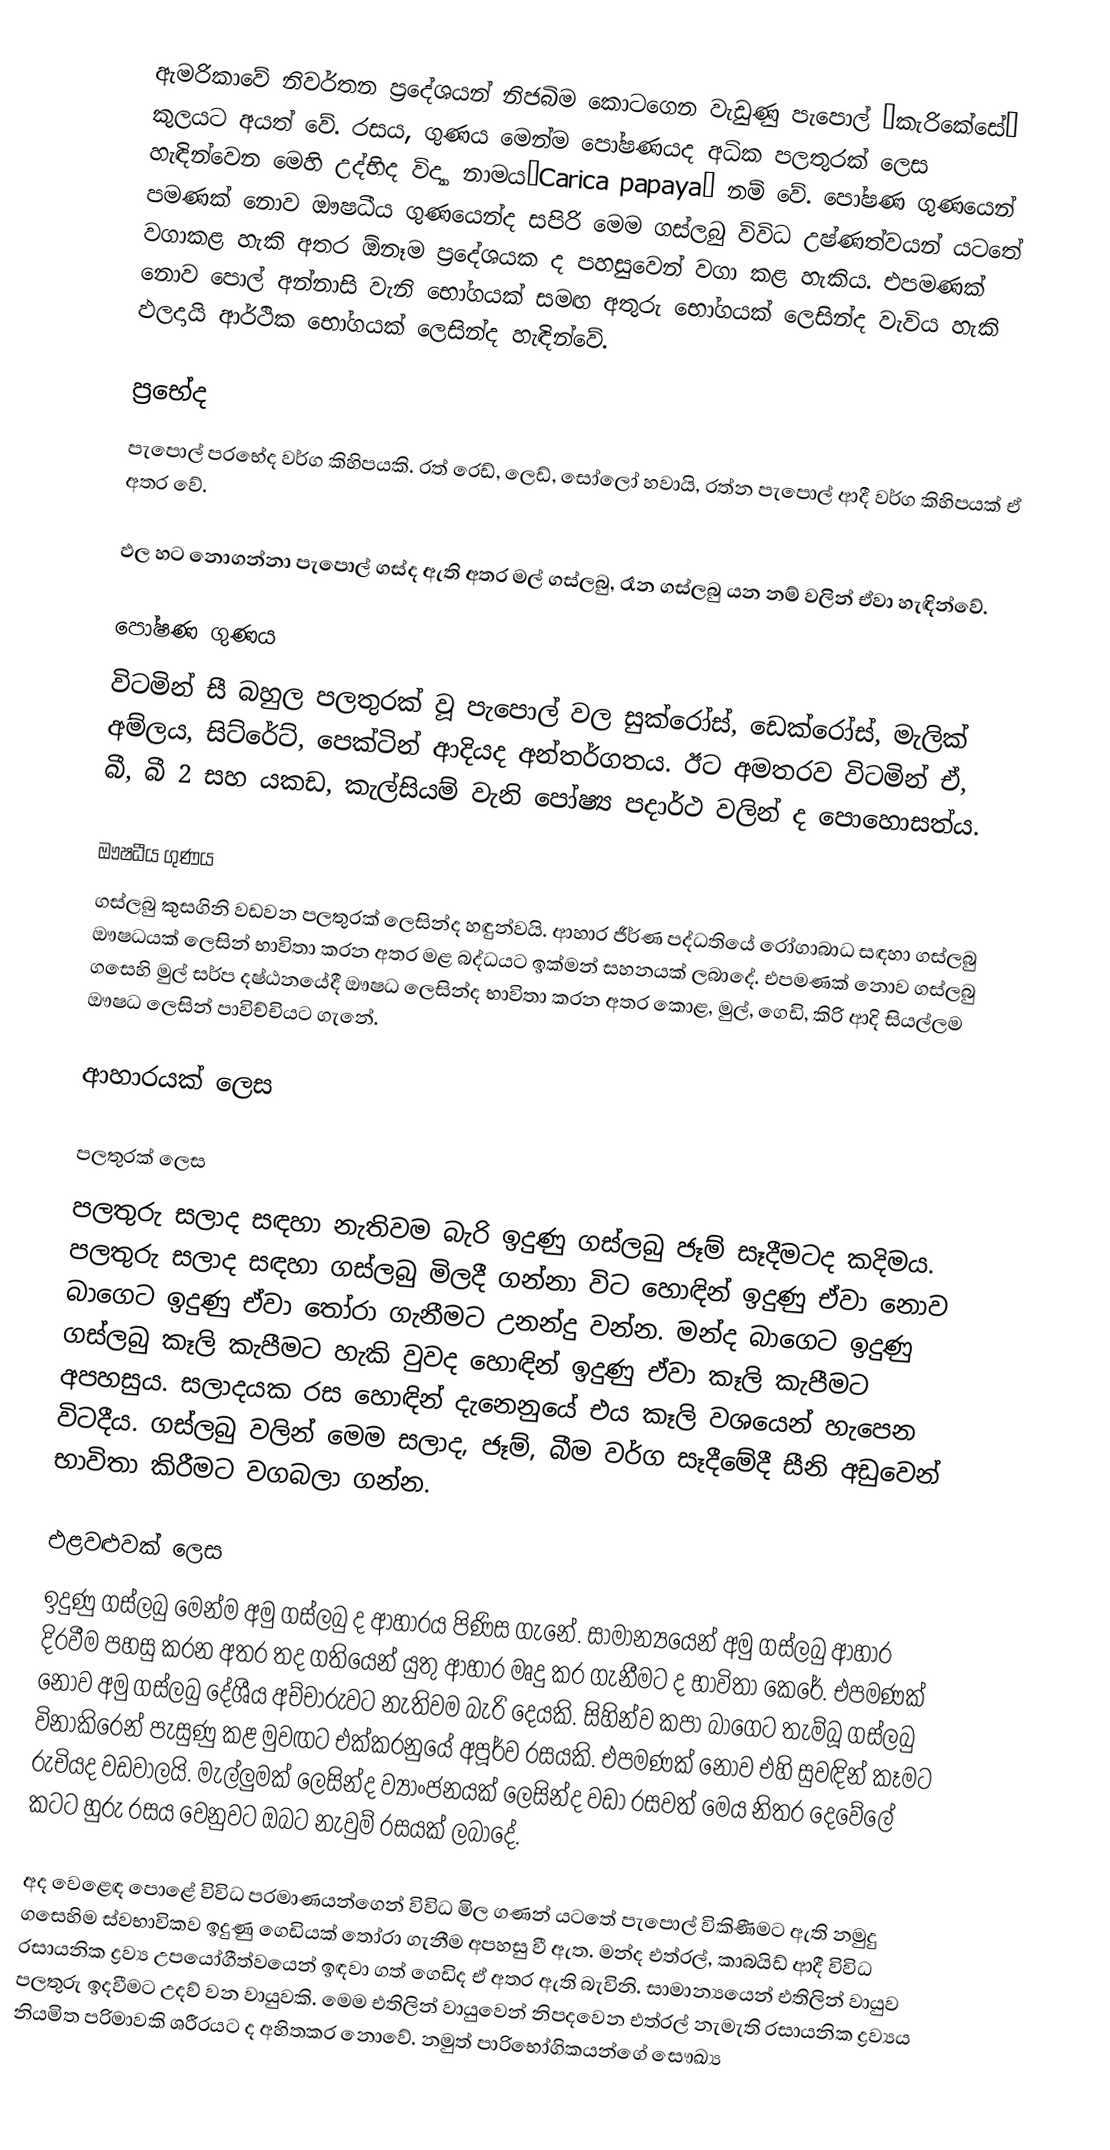
ඇමරිකාවේ නිවර්තන ප‍්‍රදේශයන් නිජබිම කොටගෙන වැඩුණු පැපොල් “කැරිකේසේ” කුලයට අයත් වේ. රසය, ගුණය මෙන්ම පෝෂණයද අධික පලතුරක් ලෙස හැඳින්වෙන මෙහි උද්භිද විද්‍යා නාමය”Carica papaya” නම් වේ. පෝෂණ ගුණයෙන් පමණක් නොව ඖෂධීය ගුණයෙන්ද සපිරි මෙම ගස්ලබු විවිධ උෂ්ණත්වයන් යටතේ වගාකළ හැකි අතර ඕනෑම ප‍්‍රදේශයක ද පහසුවෙන් වගා කළ හැකිය. එපමණක් නොව පොල් අන්නාසි වැනි භෝගයක් සමඟ අතුරු භෝගයක් ලෙසින්ද වැවිය හැකි ඵලදායි ආර්ථික භෝගයක් ලෙසින්ද හැඳින්වේ.

ප්‍රභේද
පැපොල් ප‍්‍රභේද වර්ග කිහිපයකි. රත් රෙඩ්, ලෙඩ්, සෝලෝ හවායි, රත්න පැපොල් ආදී වර්ග කිහිපයක් ඒ අතර වේ.

ඵල හට නොගන්නා පැපොල් ගස්ද ඇති අතර මල් ගස්ලබු, රෑන ගස්ලබු යන නම් වලින් ඒවා හැඳින්වේ.

පෝෂණ ගුණය
විටමින් සී බහුල පලතුරක් වූ පැපොල් වල සුක්රෝස්, ඩෙක්රෝස්, මැලික් අම්ලය, සිට්රේට්, පෙක්ටින් ආදියද අන්තර්ගතය. ඊට අමතරව විටමින් ඒ, බී, බී 2 සහ යකඩ, කැල්සියම් වැනි පෝෂ්‍ය පදාර්ථ වලින් ද පොහොසත්ය.

ඖෂධීය ගුණය
ගස්ලබු කුසගිනි වඩවන පලතුරක් ලෙසින්ද හඳුන්වයි. ආහාර ජීර්ණ පද්ධතියේ රෝගාබාධ සඳහා ගස්ලබු ඖෂධයක් ලෙසින් භාවිතා කරන අතර මළ බද්ධයට ඉක්මන් සහනයක් ලබාදේ. එපමණක් නොව ගස්ලබු ගසෙහි මුල් සර්ප දෂ්ඨනයේදී ඖෂධ ලෙසින්ද භාවිතා කරන අතර කොළ, මුල්, ගෙඩි, කිරි ආදි සියල්ලම ඖෂධ ලෙසින් පාවිච්චියට ගැනේ.

ආහාරයක් ලෙස

පලතුරක් ලෙස
පලතුරු සලාද සඳහා නැතිවම බැරි ඉදුණු ගස්ලබු ජෑම් සෑදීමටද කදිමය. පලතුරු සලාද සඳහා ගස්ලබු මිලදී ගන්නා විට හොඳින් ඉදුණු ඒවා නොව බාගෙට ඉදුණු ඒවා තෝරා ගැනීමට උනන්දු වන්න. මන්ද බාගෙට ඉදුණු ගස්ලබු කෑලි කැපීමට හැකි වුවද හොඳින් ඉදුණු ඒවා කෑලි කැපීමට අපහසුය. සලාදයක රස හොඳින් දැනෙනුයේ එය කෑලි වශයෙන් හැපෙන විටදීය. ගස්ලබු වලින් මෙම සලාද, ජෑම්, බීම වර්ග සෑදීමේදී සීනි අඩුවෙන් භාවිතා කිරීමට වගබලා ගන්න.

එළවළුවක් ලෙස
ඉදුණු ගස්ලබු මෙන්ම අමු ගස්ලබු ද ආහාරය පිණිස ගැනේ. සාමාන්‍යයෙන් අමු ගස්ලබු ආහාර දිරවීම පහසු කරන අතර තද ගතියෙන් යුතු ආහාර මෘදු කර ගැනීමට ද භාවිතා කෙරේ. එපමණක් නොව අමු ගස්ලබු දේශීය අච්චාරුවට නැතිවම බැරි දෙයකි. සිහින්ව කපා බාගෙට තැම්බූ ගස්ලබු විනාකිරෙන් පැසුණු කළ මුවඟට එක්කරනුයේ අපූර්ව රසයකි. එපමණක් නොව එහි සුවඳින් කෑමට රුචියද වඩවාලයි. මැල්ලුමක් ලෙසින්ද ව්‍යාංජනයක් ලෙසින්ද වඩා රසවත් මෙය නිතර දෙවේලේ කටට හුරු රසය වෙනුවට ඔබට නැවුම් රසයක් ලබාදේ.

අද වෙළෙඳ පොළේ විවිධ ප‍්‍රමාණයන්ගෙන් විවිධ මිල ගණන් යටතේ පැපොල් විකිණීමට ඇති නමුදු ගසෙහිම ස්වභාවිකව ඉදුණු ගෙඩියක් තෝරා ගැනීම අපහසු වී ඇත. මන්ද එත්රල්, කාබයිඩ් ආදී විවිධ රසායනික ද්‍රව්‍ය උපයෝගීත්වයෙන් ඉඳවා ගත් ගෙඩිද ඒ අතර ඇති බැවිනි. සාමාන්‍යයෙන් එතිලින් වායුව පලතුරු ඉදවීමට උදව් වන වායුවකි. මෙම එතිලින් වායුවෙන් නිපදවෙන එත්රල් නැමැති රසායනික ද්‍රව්‍යය නියමිත පරිමාවකි  ශරීරයට ද අහිතකර නොවේ. නමුත් පාරිභෝගිකයන්ගේ සෞඛ්‍ය